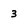
Character: 3